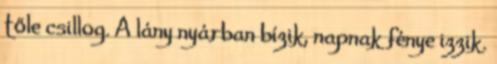
tőle csillog. A lány nyárban bízik, napnak fénye izzik.